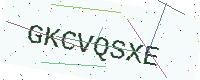
Text: GKCVQSXE